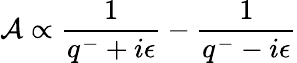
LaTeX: {\cal A}\propto{\frac{1}{q^{-}+i\epsilon}}-{\frac{1}{q^{-}-i\epsilon}}